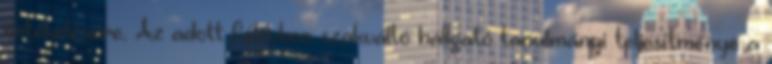
értékelésére. Az adott félévben szakváltó hallgató tanulmányi teljesítménye a